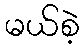
မယ်စဲ့